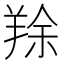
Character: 䍱